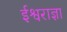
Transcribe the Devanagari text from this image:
ईश्वराज्ञा